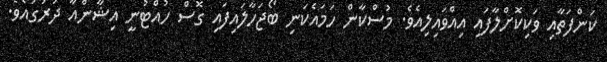
ކަންފަތާއި ވަކިކޮށްލާފައި އިއްވައިލިއެވެ. މުސްކާން ހަމައެކަނި ބޯޖަހާލައިފައި ގޮސް ހުއްޓުނީ އިޝާންއާ ދުރުގައެވެ.